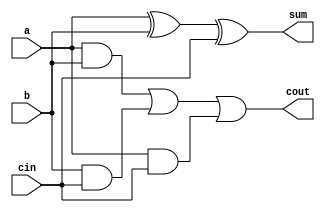
`timescale 1ns / 1ps
module full_adder(a,b,cin,sum,cout);
input a,b,cin;
output sum,cout;
wire a,b,cin;
wire sum,cout;


assign sum = a^b^cin;
assign cout = (a&b) || (b&cin) || (a&cin);


endmodule